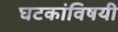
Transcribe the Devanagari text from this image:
घटकांविषयी